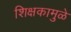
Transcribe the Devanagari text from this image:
शिक्षकामुळे